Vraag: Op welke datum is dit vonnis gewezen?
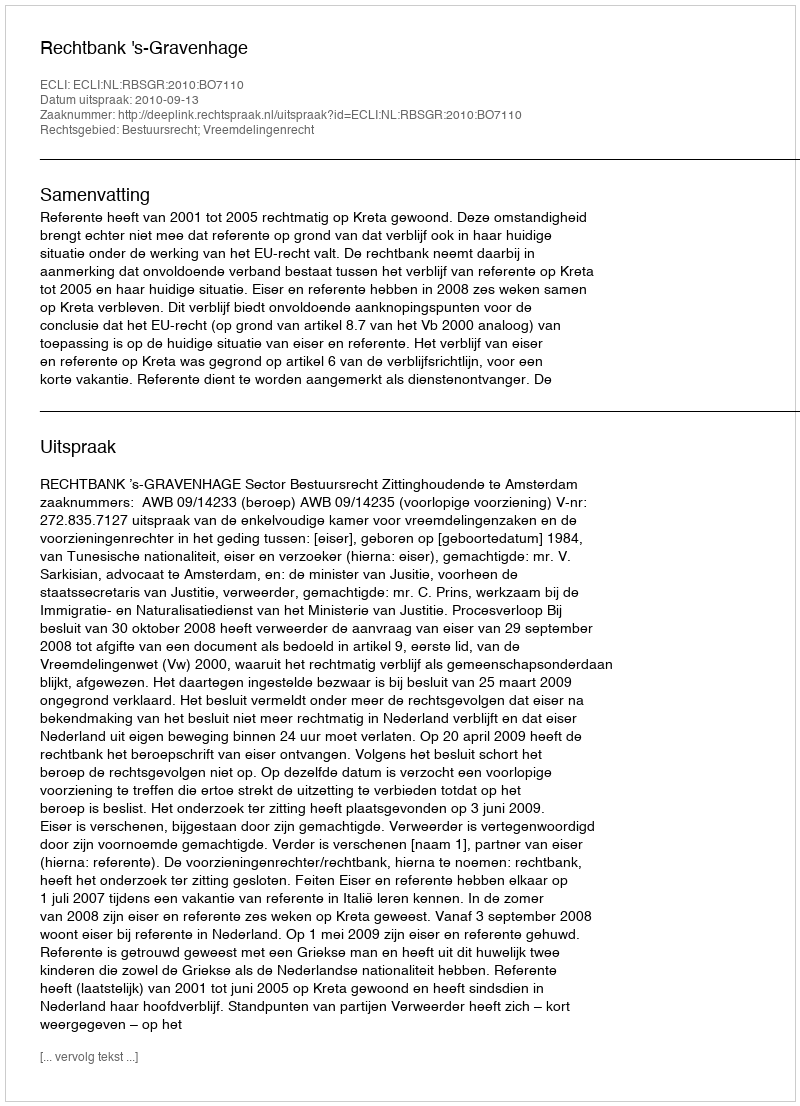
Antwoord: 2010-09-13